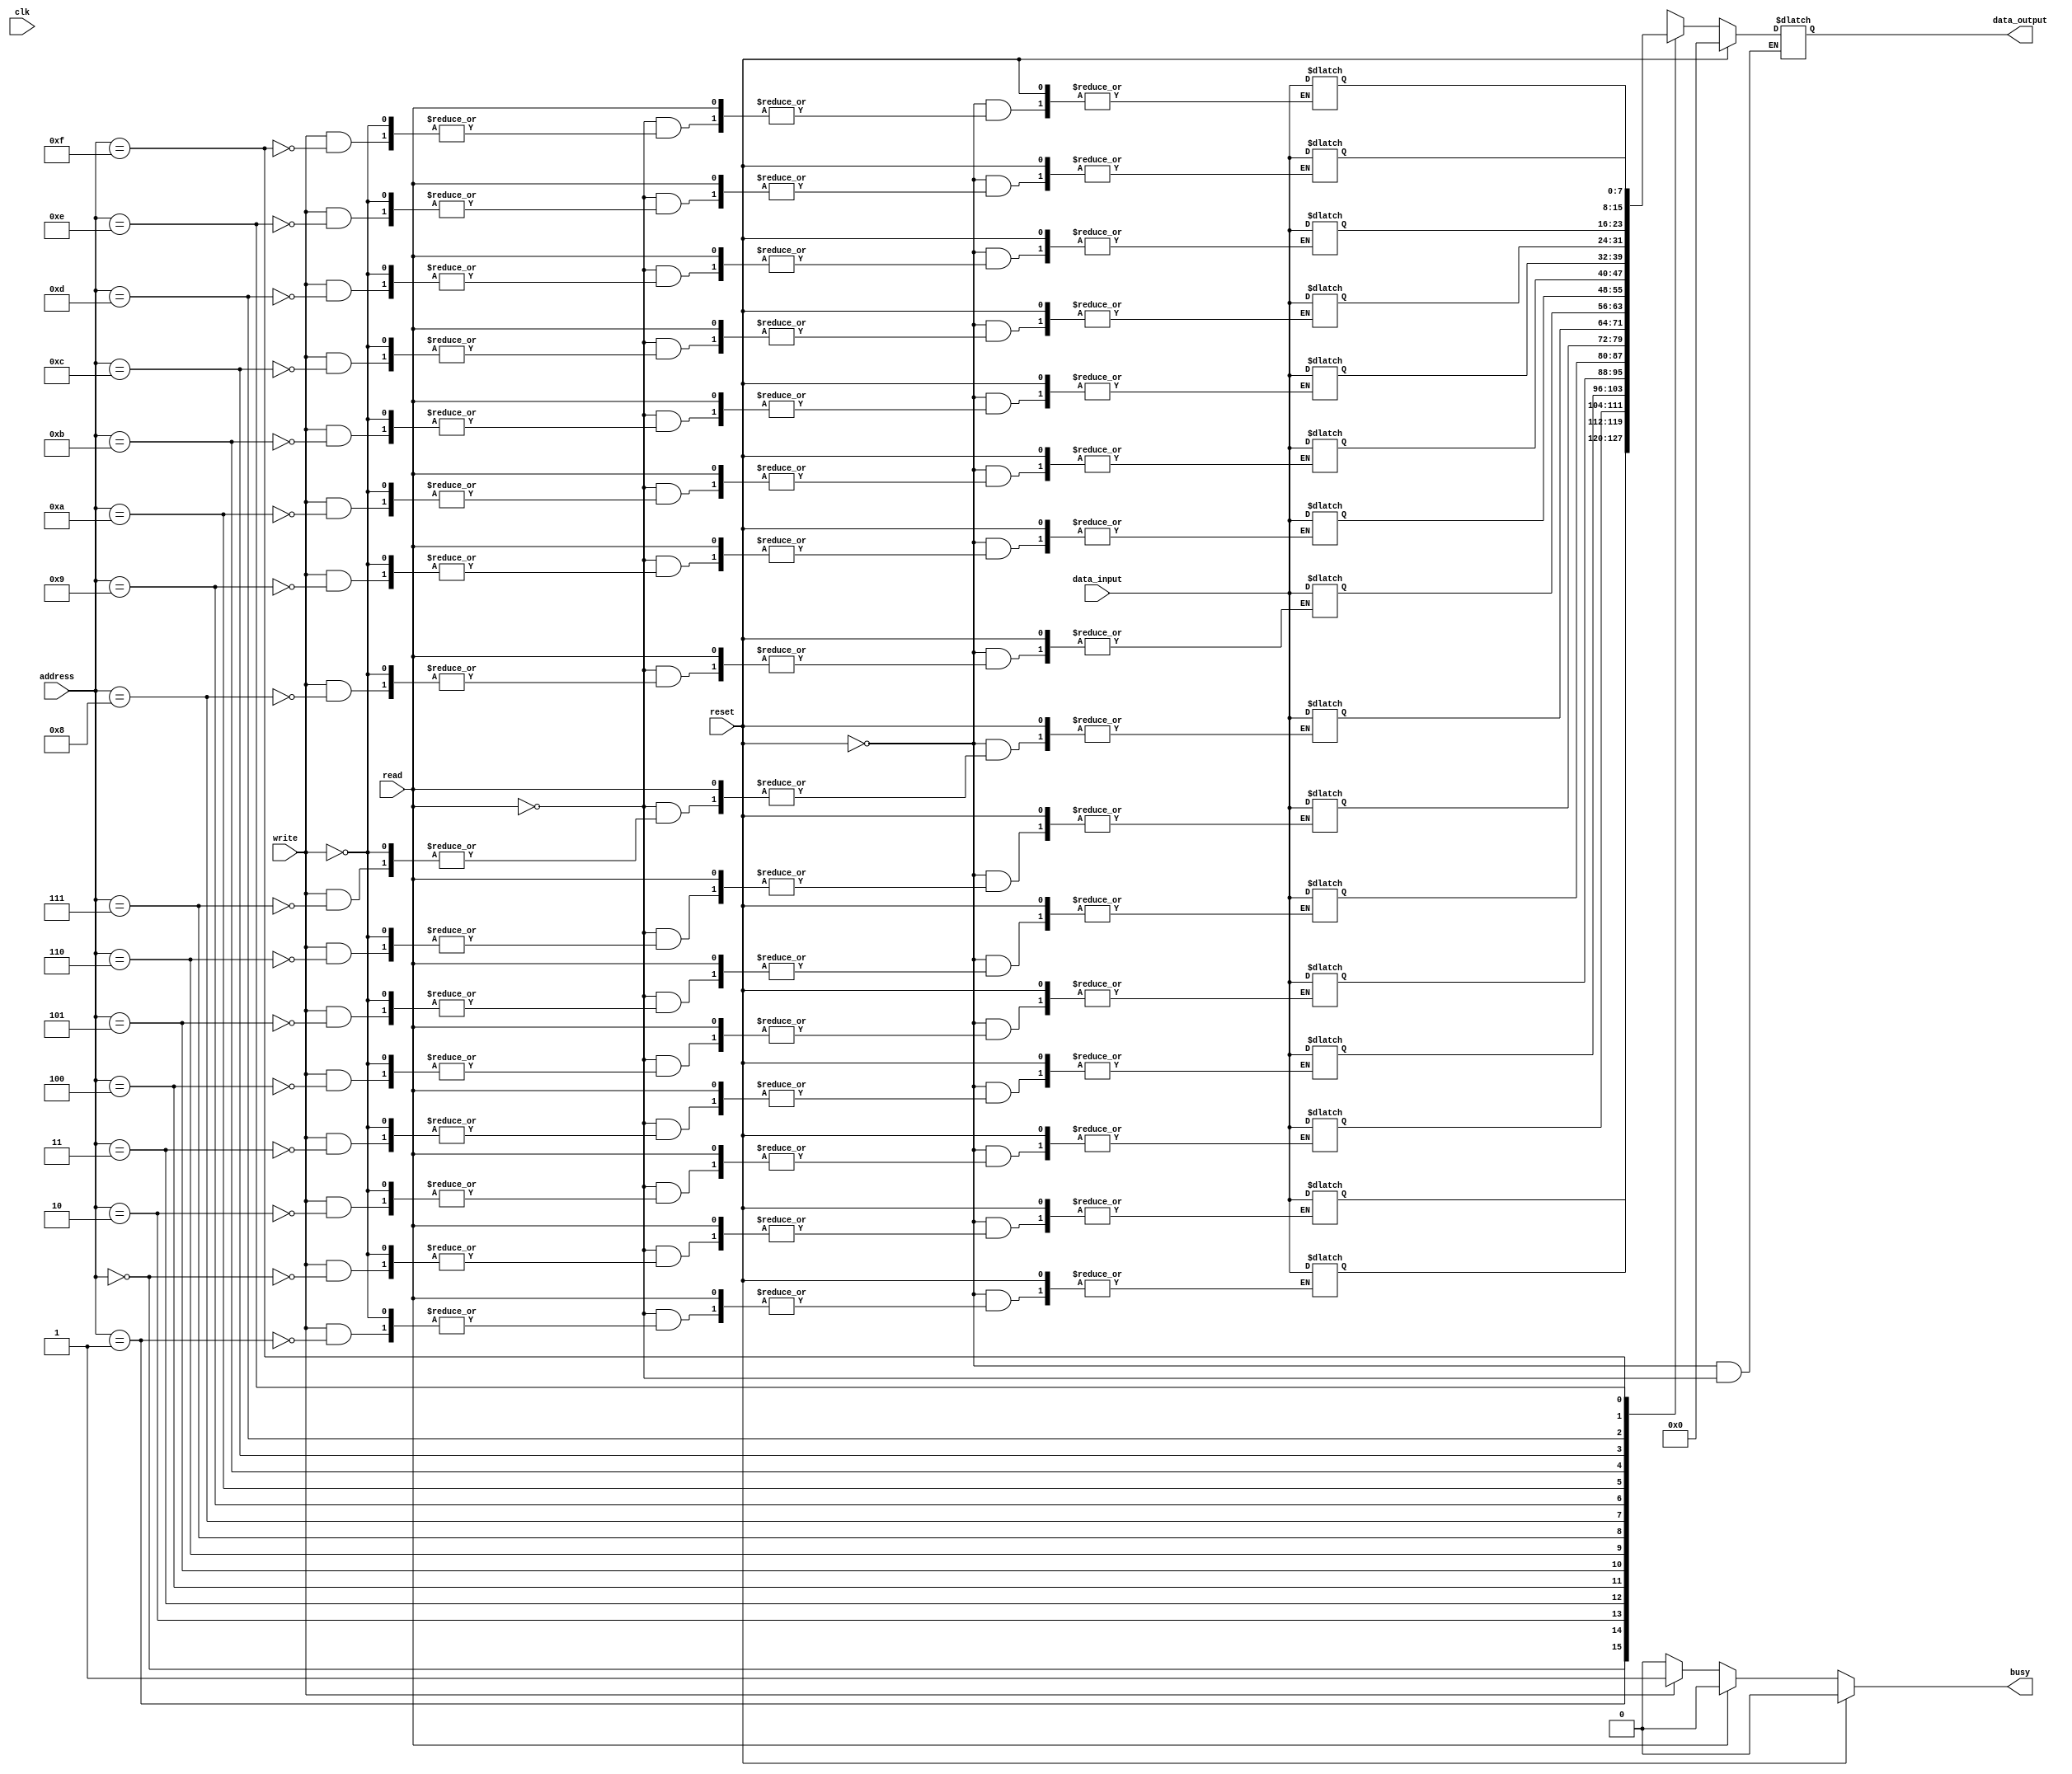
module SRAM (
  input wire clk,
  input wire reset,
  input wire read,
  input wire write,
  input wire [7:0] data_input,
  output reg [7:0] data_output,
  input wire [3:0] address,
  output reg busy
);

reg [7:0] memory [15:0]; // 16 memory cells
reg [7:0] temp_data;

// Address decoding
always @(*) begin
  temp_data = memory[address];
end

// Control logic
always @(*) begin
  if (reset) begin
    data_output <= 8'b0;
    busy <= 1'b0;
  end else begin
    if (read) begin
      data_output <= temp_data;
      busy <= 1'b0;
    end else if (write) begin
      memory[address] <= data_input;
      busy <= 1'b1;
    end else begin
      busy <= 1'b0;
    end
  end
end

endmodule